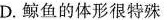
D.鲸鱼的体形很特殊